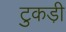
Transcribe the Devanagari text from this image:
टुकडी़